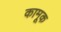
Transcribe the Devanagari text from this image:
कामूक